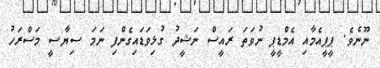
ނޫނެވެ. ޕީޕީއެމާއި އެމްޑީޕީ ނުވަތަ ރައީސް ނަޝީދު ގުޅިވަޑައިގެންފި ނަމަ ސިޔާސީ މަސްރަހު